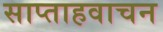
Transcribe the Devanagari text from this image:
साप्ताहवाचन